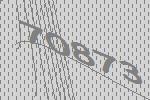
70873